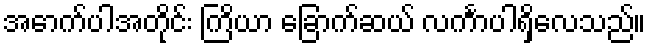
အောက်ပါအတိုင်း ကြိယာ ခြောက်ဆယ် လင်္ကာပါရှိလေသည်။